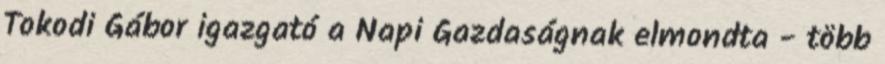
Tokodi Gábor igazgató a Napi Gazdaságnak elmondta - több